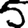
Digit: 5